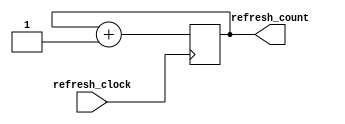
`timescale 1ns / 1ps

module refresh_counter (
input refresh_clock,
output reg [2:0] refresh_count
);

always @(posedge refresh_clock) refresh_count <= refresh_count +1;

endmodule